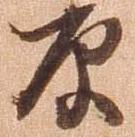
原